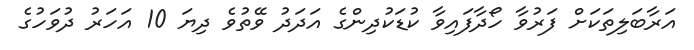
އަރާބަލިތަކަށް ފަރުވާ ހޯދާފައިވާ ކުޑަކުދިންގެ އަދަދު ވޭތުވެ ދިޔަ 10 އަހަރު ދުވަހުގެ